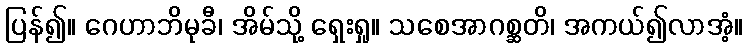
ပြန်၍။ ဂေဟာဘိမုခီ၊ အိမ်သို့ ရှေးရှု။ သစေအာဂစ္ဆတိ၊ အကယ်၍လာအံ့။